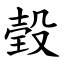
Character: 㲄